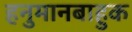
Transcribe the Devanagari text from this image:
हनुमानबाहुक